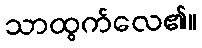
သာထွက်လေ၏။